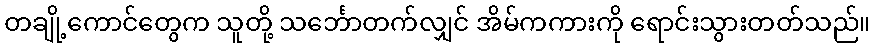
တချို့ကောင်တွေက သူတို့ သင်္ဘောတက်လျှင် အိမ်ကကားကို ရောင်းသွားတတ်သည်။